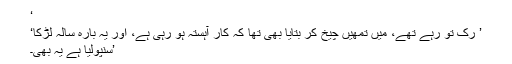
‘
’ رک تو رہے تھے، میں تمھیں چیخ کر بتایا بھی تھا کہ کار آہستہ ہو رہی ہے، اور یہ بارہ سالہ لڑکا‘
’سنپولیا ہے یہ بھی۔